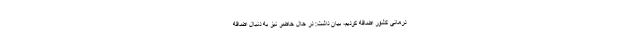
درمانی کشور اضافه کردیم، بیان داشت: در حال حاضر نیز به دنبال اضافه